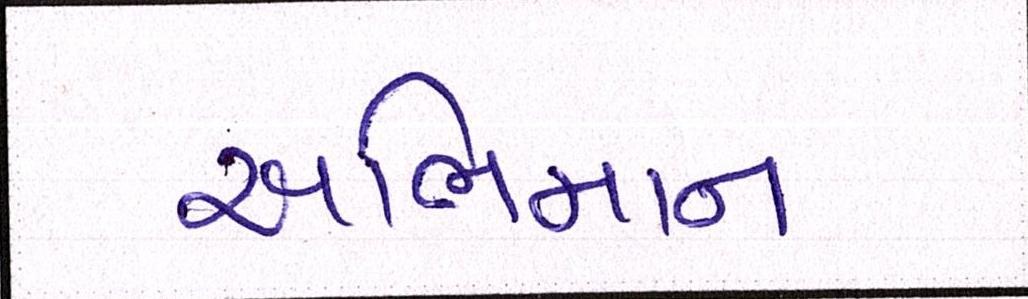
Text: અભિમાન